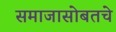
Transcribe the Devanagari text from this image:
समाजासोबतचे